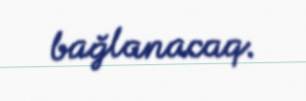
bağlanacaq.